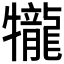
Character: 𤜆